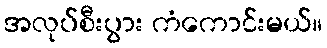
အလုပ်စီးပွား ကံကောင်းမယ်။